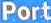
Port